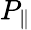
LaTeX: P_{\| }